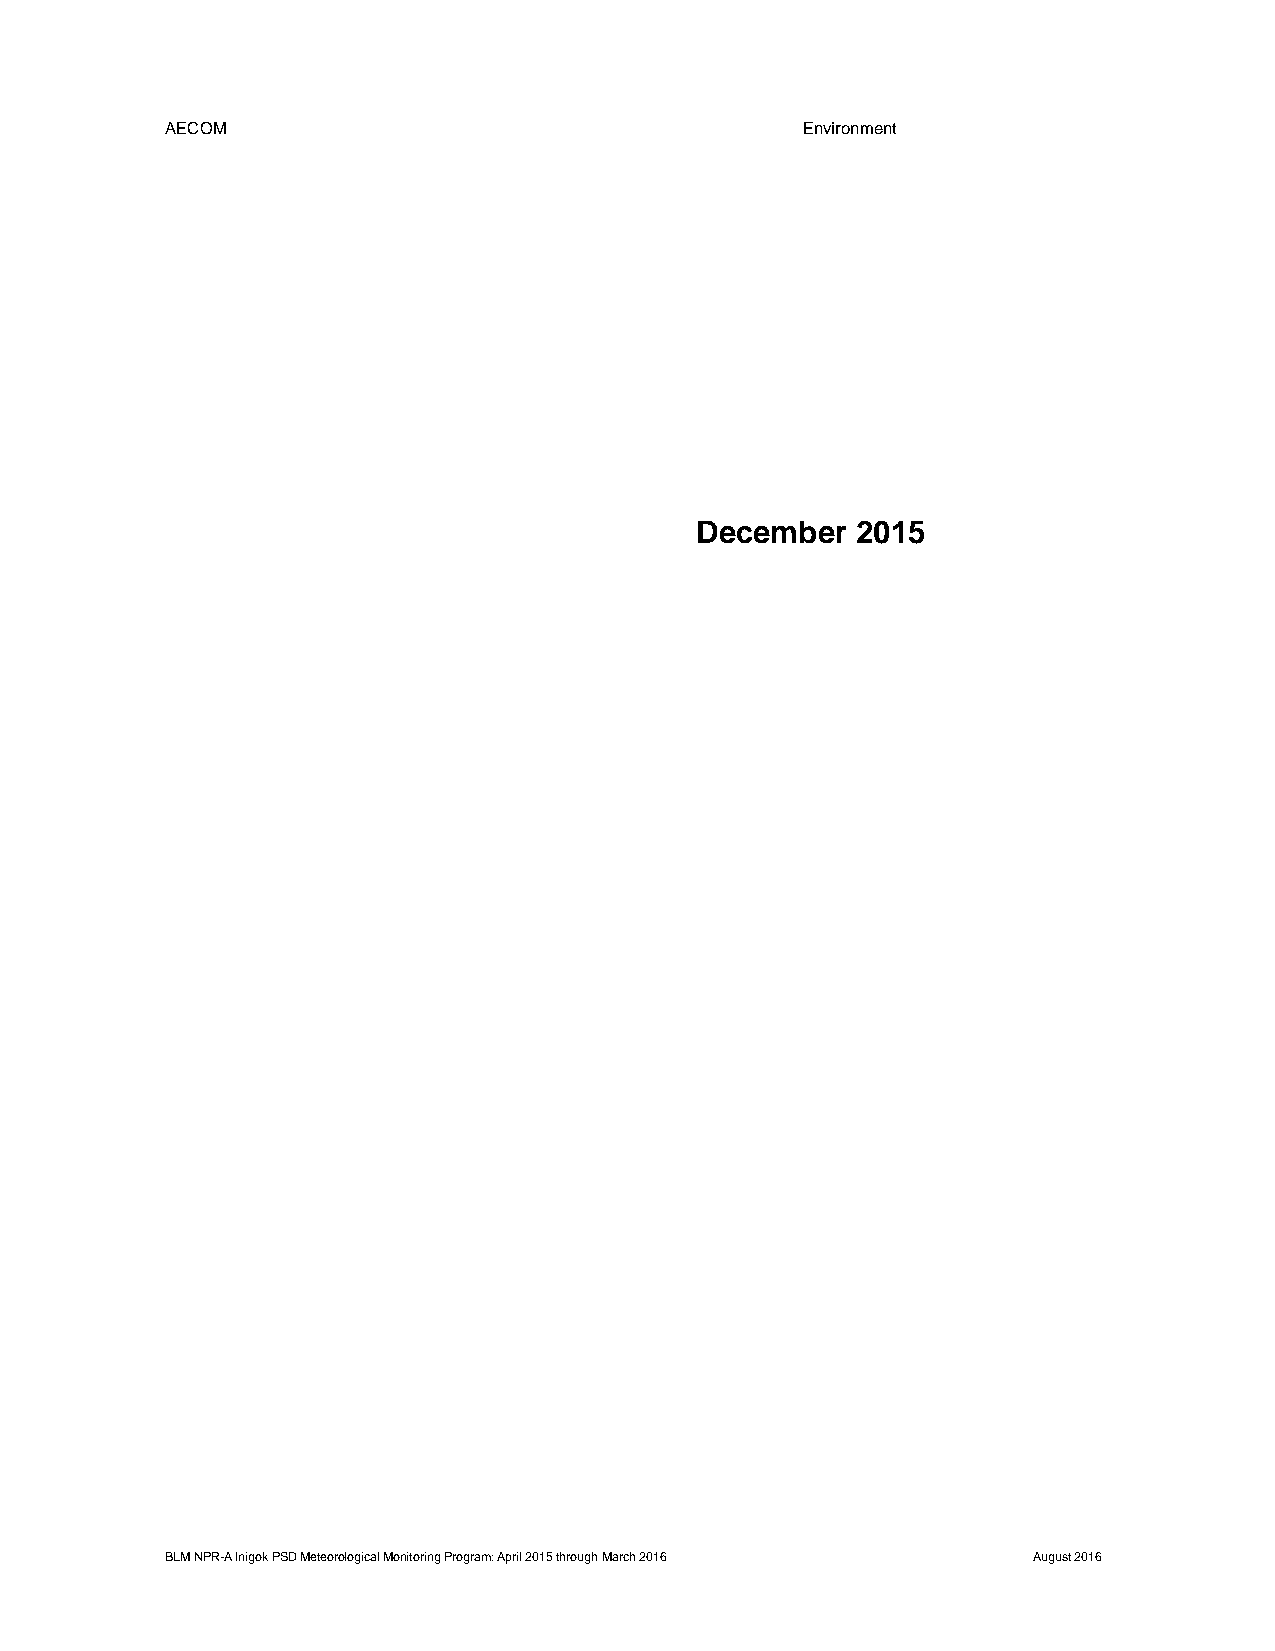
AECOM                                     Environment
 December   2015
 BLM NPR-A Inigok PSD Meteorological Monitoring Program: April 2015 through March 2016 August 2016